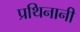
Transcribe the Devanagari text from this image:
प्रथिनानी